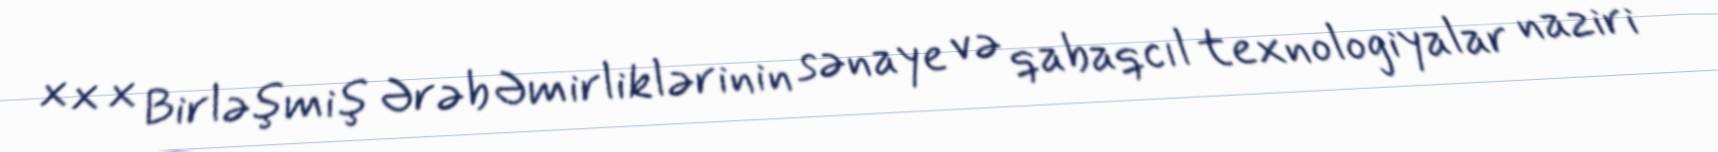
x x x Birləşmiş Ərəb Əmirliklərinin sənaye və qabaqcıl texnologiyalar naziri